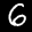
Label: 6